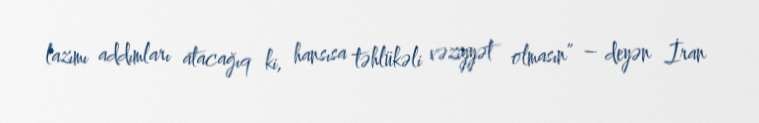
lazımı addımları atacağıq ki, hansısa təhlükəli vəziyyət olmasın” – deyən İran